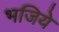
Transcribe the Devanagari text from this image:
भजिये